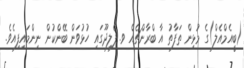
(ބީއެމްއެލް)ގެ މުޅިން ތަފާތު އާ ބްރާންޗެއް ވ. ފެލިދޫގައި ހުޅުވަން ބޭންކުން ނިންމައިފިއެވެ.